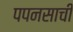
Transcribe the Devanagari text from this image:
पपनसाची